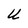
Character: U